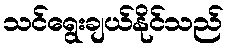
သင်ရွေးချယ်နိုင်သည်